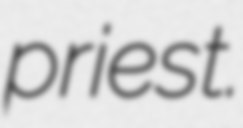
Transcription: priest.